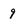
Character: 9